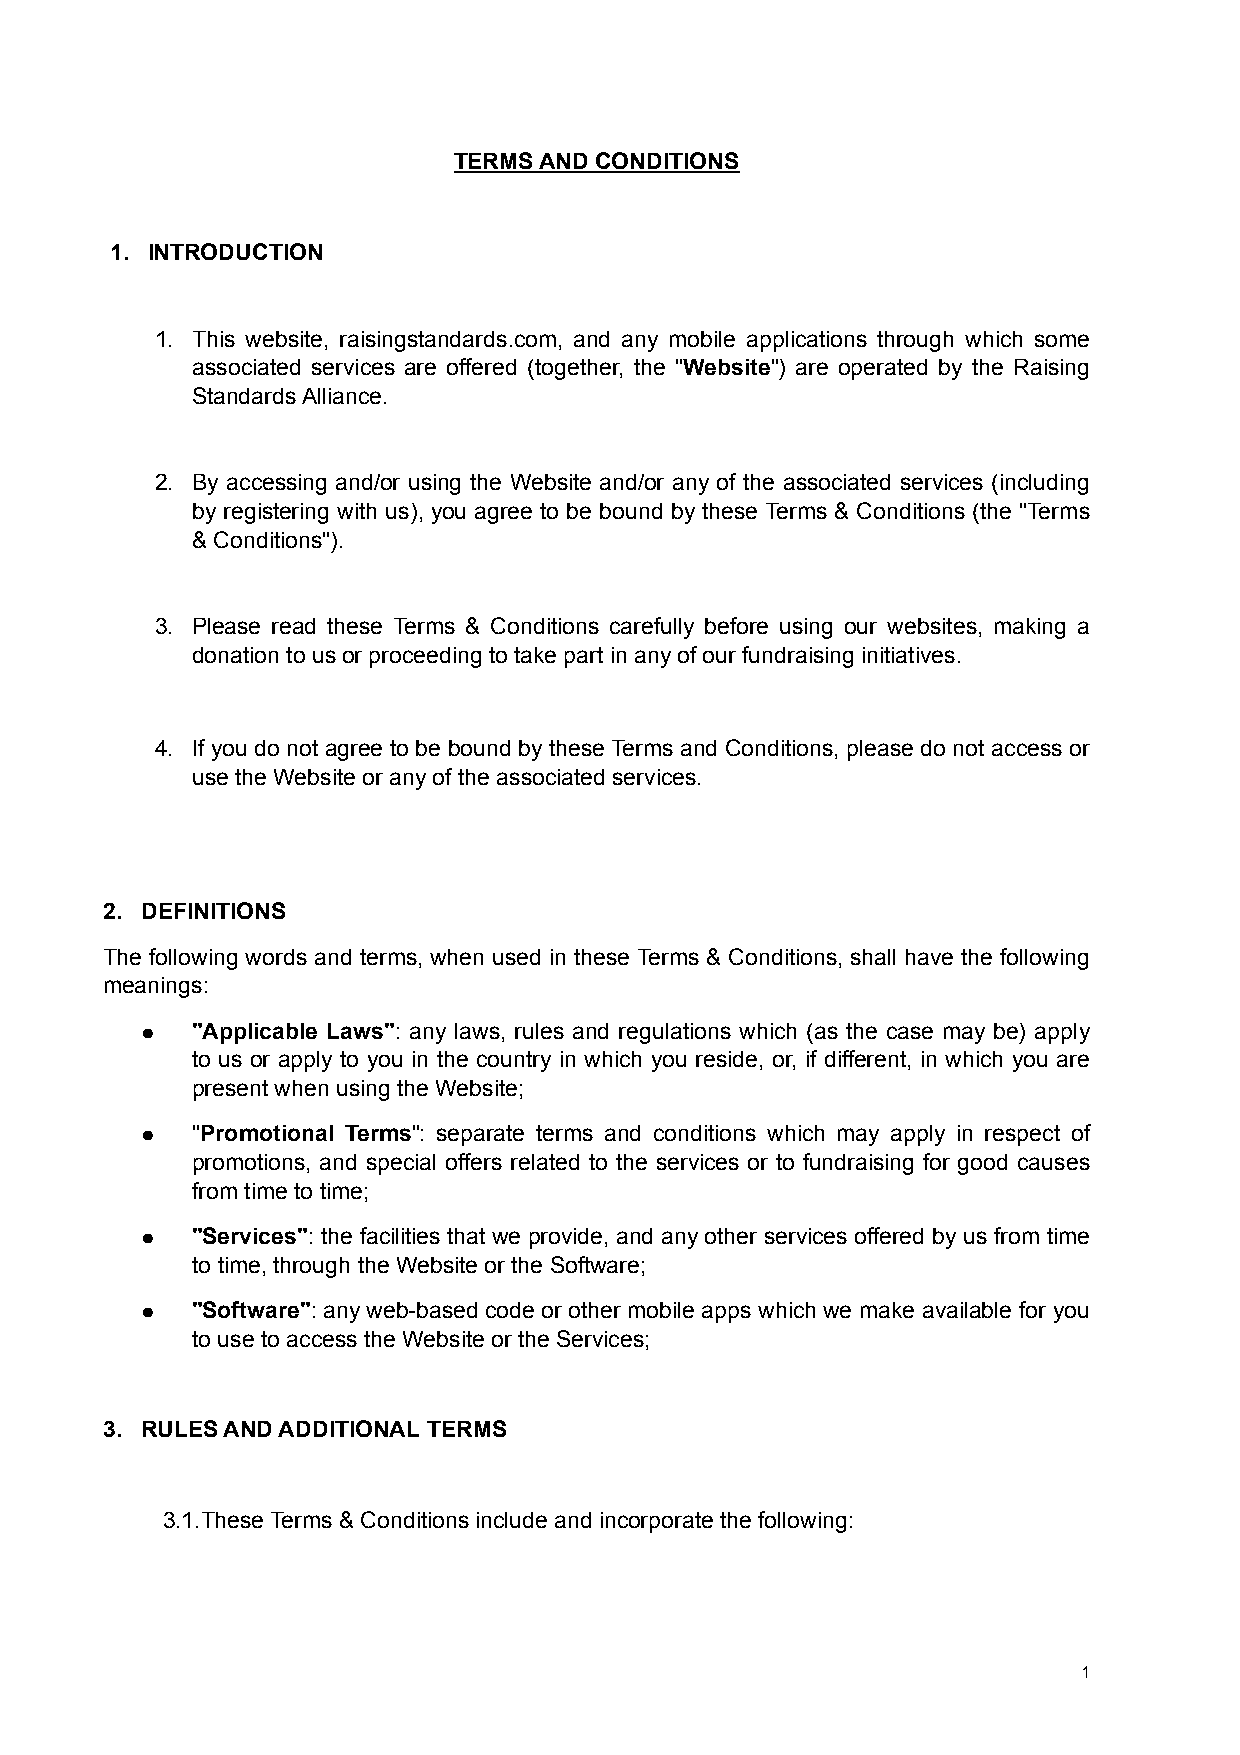
TERMS AND CONDITIONS
 1. INTRODUCTION
 1. This website, raisingstandards.com, and any mobile applications through which some
 associated services are offered (together, the "Website") are operated by the Raising
 Standards Alliance.
 2. By accessing and/or using the Website and/or any of the associated services (including
 by registering with us), you agree to be bound by these Terms & Conditions (the "Terms
 & Conditions").
 3. Please read these Terms & Conditions carefully before using our websites, making a
 donation to us or proceeding to take part in any of our fundraising initiatives.
 4. If you do not agree to be bound by these Terms and Conditions, please do not access or
 use the Website or any of the associated services.
 2. DEFINITIONS
 The following words and terms, when used in these Terms & Conditions, shall have the following
 meanings:
 ●   "Applicable Laws": any laws, rules and regulations which (as the case may be) apply
 to us or apply to you in the country in which you reside, or, if different, in which you are
 present when using the Website;
 ●   "Promotional Terms": separate terms and conditions which may apply in respect of
 promotions, and special offers related to the services or to fundraising for good causes
 from time to time;
 ●   "Services": the facilities that we provide, and any other services offered by us from time
 to time, through the Website or the Software;
 ●   "Software": any web-based code or other mobile apps which we make available for you
 to use to access the Website or the Services;
 3. RULES AND ADDITIONAL TERMS
 3.1.These Terms & Conditions include and incorporate the following:
 1